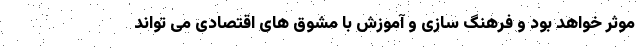
موثر خواهد بود و فرهنگ سازی و آموزش با مشوق های اقتصادی می‌ تواند